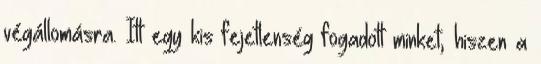
végállomásra. Itt egy kis fejetlenség fogadott minket, hiszen a